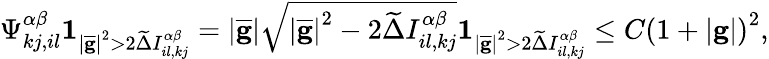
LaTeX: \Psi_{kj,il}^{\alpha\beta}\mathbf{1}_{\left\vert\overline{{\mathbf{g}}}\right\vert^{2}>2\widetilde{\Delta}I_{il,kj}^{\alpha\beta}}=\left\vert\overline{{\mathbf{g}}}\right\vert\sqrt{\left\vert\overline{{\mathbf{g}}}\right\vert^{2}-2\widetilde{\Delta}I_{il,kj}^{\alpha\beta}}\mathbf{1}_{\left\vert\overline{{\mathbf{g}}}\right\vert^{2}>2\widetilde{\Delta}I_{il,kj}^{\alpha\beta}}\leq C\left(1+\left\vert\mathbf{g}\right\vert\right)^{2},